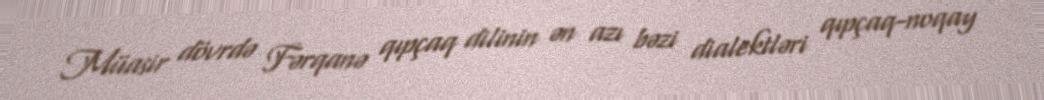
Müasir dövrdə Fərqanə qıpçaq dilinin ən azı bəzi dialektləri qıpçaq-noqay